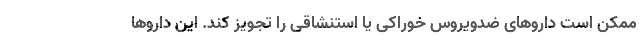
ممکن است داروهای ضدویروس خوراکی یا استنشاقی را تجویز کند. این داروها